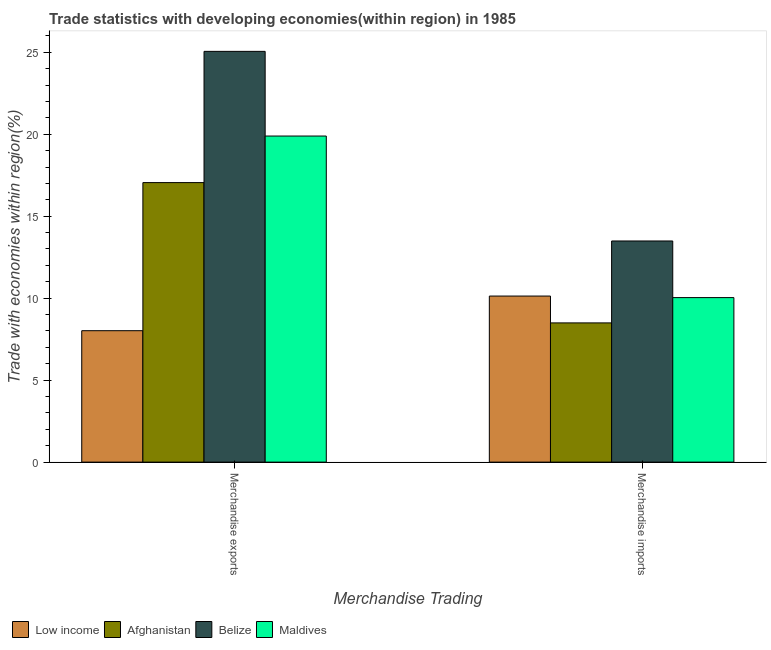
| Merchandise Trading | Low income | Afghanistan | Belize | Maldives |
 | --- | --- | --- | --- | --- |
 | Merchandise exports | 8.02 | 17 | 25.1 | 19.9 |
 | Merchandise imports | 10.1 | 8.49 | 13.5 | 10 |